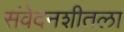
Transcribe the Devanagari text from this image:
संवेदनशीतला